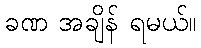
ခဏ အချိန် ရမယ်။